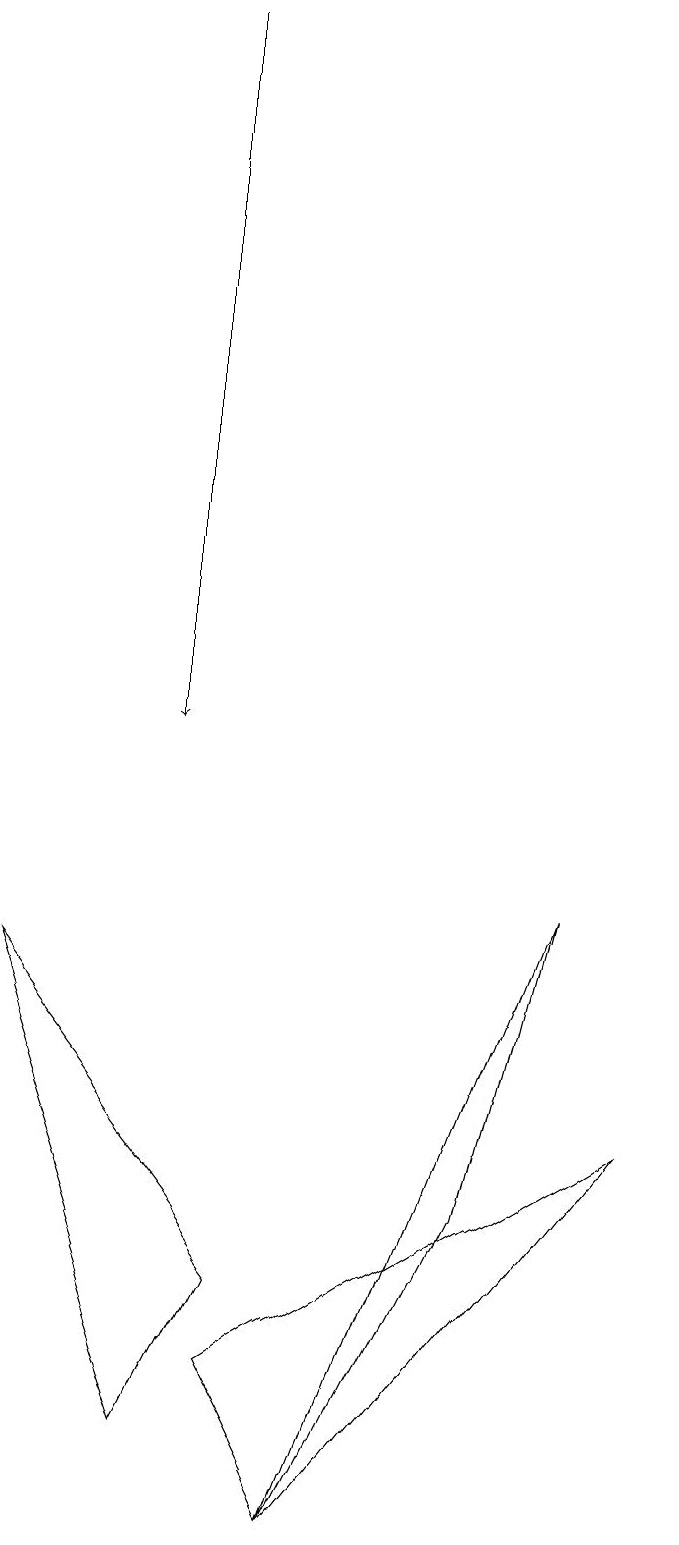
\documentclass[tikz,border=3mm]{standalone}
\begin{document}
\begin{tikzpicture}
\draw (3,3) -- (2,1) -- (0,7) -- cycle;
\draw (7,8) -- (4,0) -- (6,4) -- cycle;
\draw[->] (2,19) -- (2,10);
\draw (8,5) -- (4,0) -- (3,2) -- cycle;
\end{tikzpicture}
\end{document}